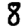
Digit: 8